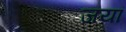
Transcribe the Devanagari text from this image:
जयां